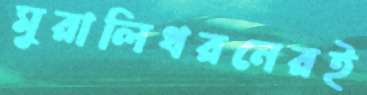
মুরালিধরনেরই